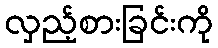
လှည့်စားခြင်းကို